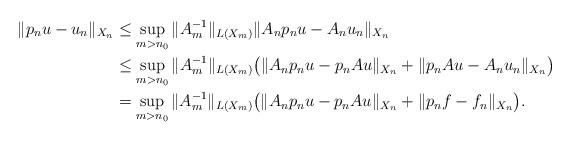
LaTeX: \begin{align*}\|p_nu-u_n\|_{X_n}&\leq \sup_{m>n_0} \|A_m^{-1}\|_{L(X_m)} \|A_np_nu-A_nu_n\|_{X_n}\\&\leq \sup_{m>n_0} \|A_m^{-1}\|_{L(X_m)} \big( \|A_np_nu-p_nAu\|_{X_n}+\|p_nAu-A_nu_n\|_{X_n} \big) \\&= \sup_{m>n_0} \|A_m^{-1}\|_{L(X_m)} \big( \|A_np_nu-p_nAu\|_{X_n}+\|p_nf-f_n\|_{X_n} \big).\end{align*}